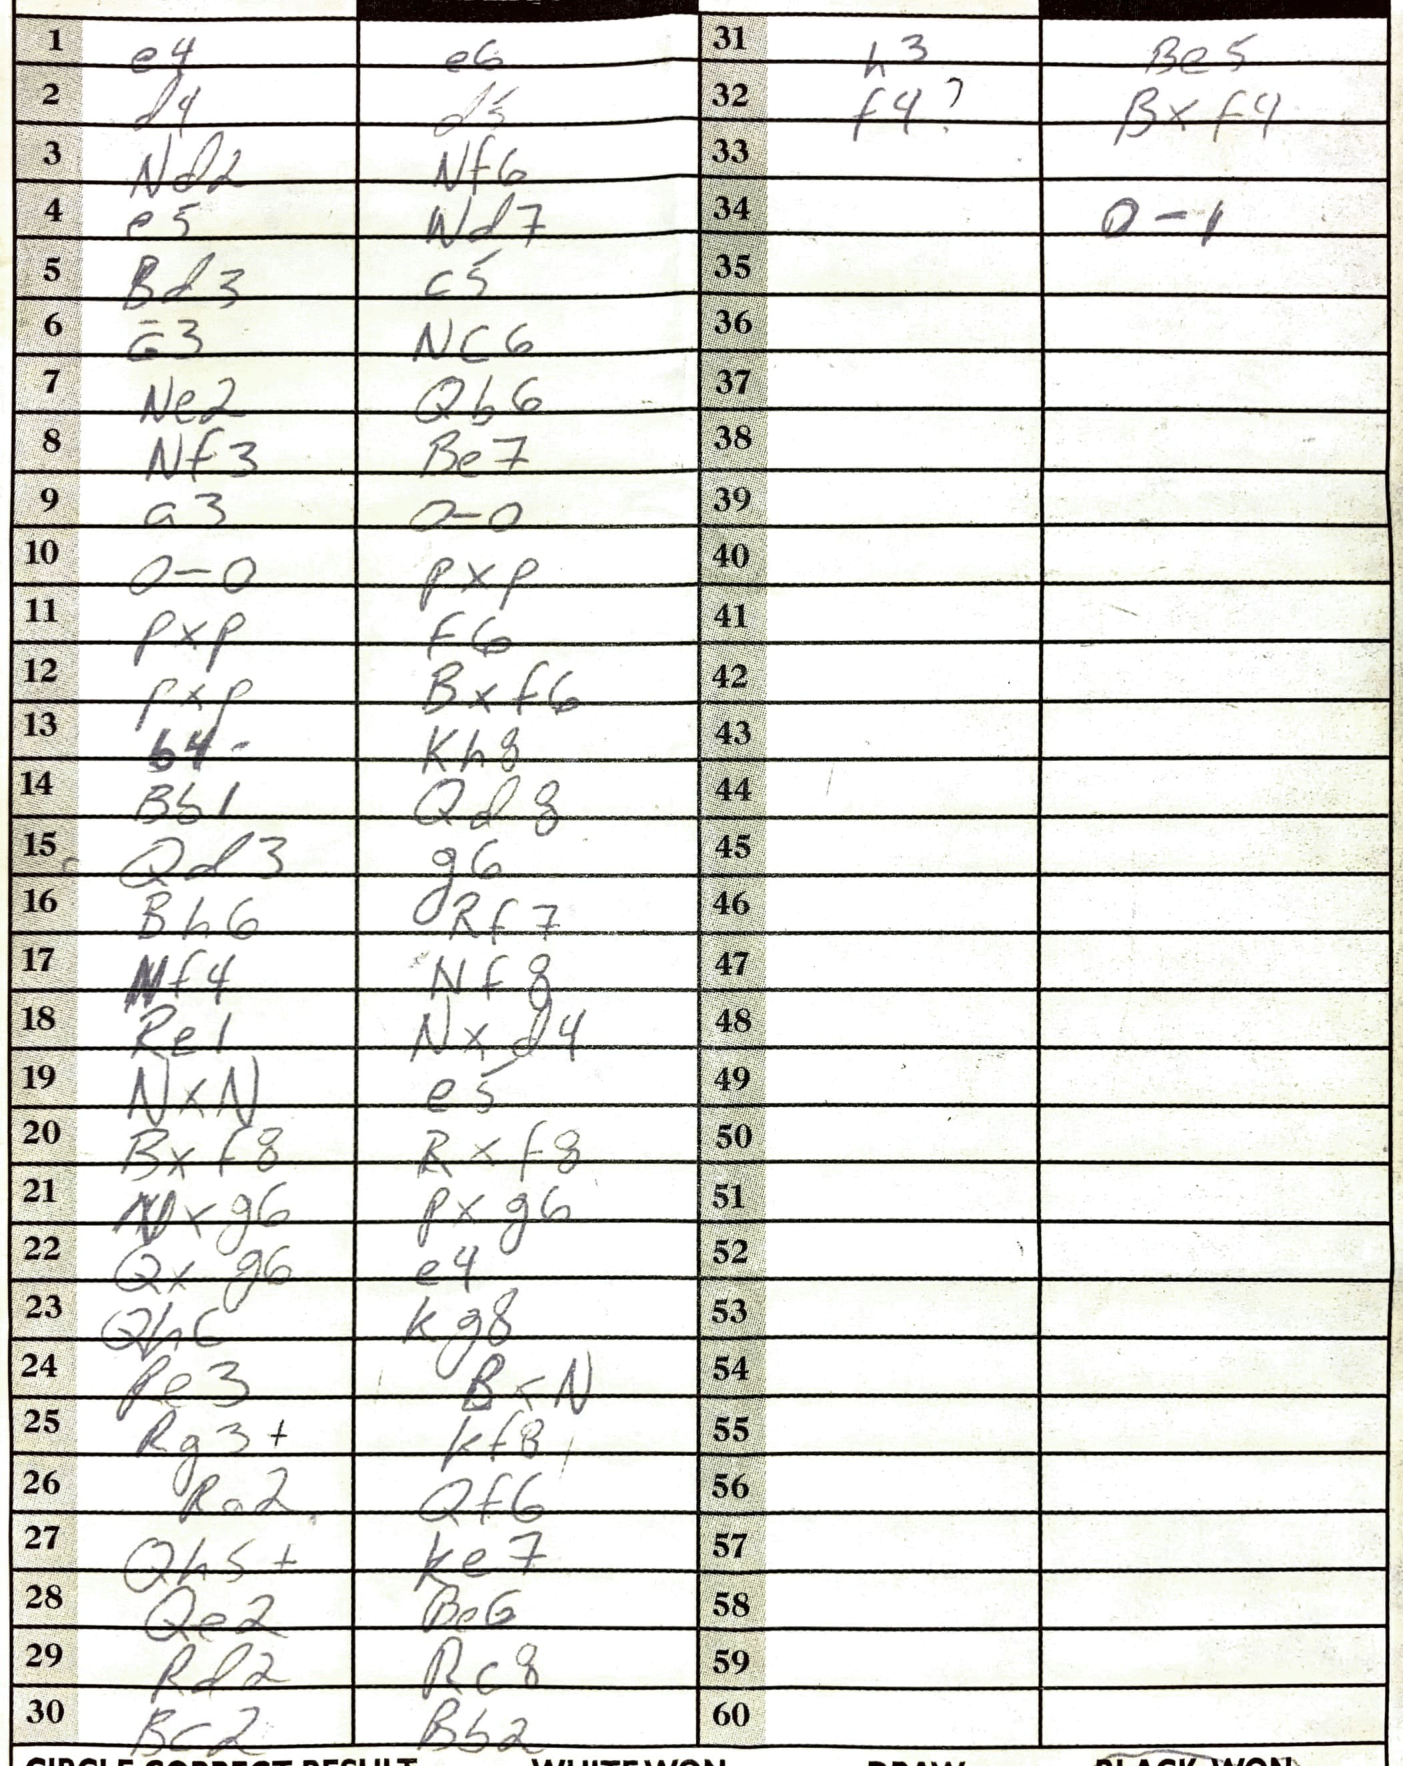
Moves: e4 e6 d4 d5 Nd2 Nf6 e5 Nd7 Bd3 c5 a3 Nc6 Ne2 Qb6 Nf3 Be7 a3 O-O O-O PxP PxP f6 PxP Bxf6 b4 Kh8 Bb1 Qd8 Qd3 g6 Bh6 Rf7 Nf4 Nf8 Re1 Nxd4 NxN e5 Bxf8 Rxf8 Nxg6 Pxg6 Qxg6 e4 Qh6 Kg8 Re3 BxN Rg3+ Kf8 Ra2 Qf6 Qh5+ Ke7 Qe2 Be6 Rd2 Rc8 Bc2 Bb2 h3 Be5 f4 Bxf4